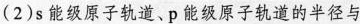
(2)s能级原子轨道、p能级原子轨道的半径与